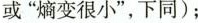
或”熵变很小”，下同)；